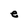
Character: e